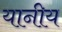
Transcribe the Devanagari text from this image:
यानीय